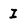
Character: I